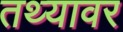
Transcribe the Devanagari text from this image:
तथ्यावर